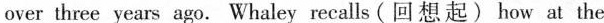
over three years ago. Whaley recalls (回 想起) how at the